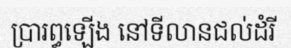
ប្រារព្ធឡើង នៅទីលានជល់ដំរី